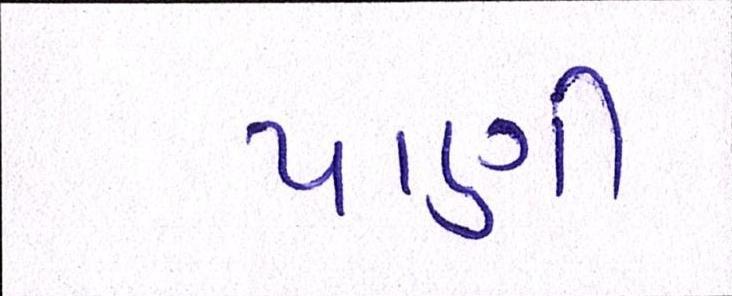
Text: પાણી